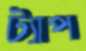
ট্যাপ